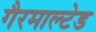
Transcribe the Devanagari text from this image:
गैरमाल्टेड